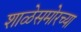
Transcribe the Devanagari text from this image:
शाळेसमोरच्या